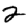
Digit: 2